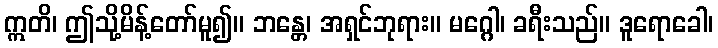
ဣတိ၊ ဤသို့မိန့်တော်မူ၍။ ဘန္တေ၊ အရှင်ဘုရား။ မဂ္ဂေါ၊ ခရီးသည်။ ဒူရောခေါ၊